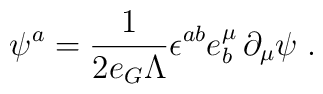
\psi^a =\frac{1}{2 e_G \Lambda} \epsilon^{ab} e^\mu_b \, \partial_\mu \psi\; .